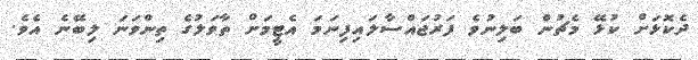
ދެކޮޅަށް ކުޅޭ މެޗުން ބަލިނުވެ ފަރުޖައްސާލައިފިނަމަ އެޓީމަށް ތާވަލުގެ ތިންވަނަ ލިބޭނެ އެވެ.